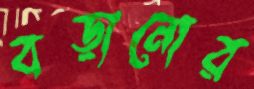
বড়ানোর